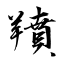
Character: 羵